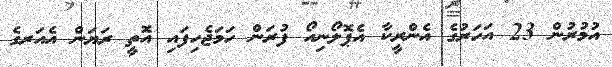
އުމުރުން 23 އަހަރުގެ އެންރީކާ އެޕޮލޯނިއޯ ފުރަން ހަމަޖެހިފައި އޮތީ ރަޔަން އެއަރގެ